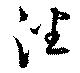
潘